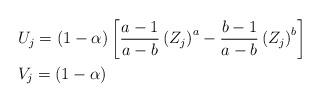
LaTeX: \begin{align*}&U_{j}=\left(1-\alpha\right)\left[\frac{a-1}{a-b}\left(Z_{j}\right)^{a}-\frac{b-1}{a-b}\left(Z_{j}\right)^{b}\right]\\&V_{j}=\left(1-\alpha\right)\end{align*}